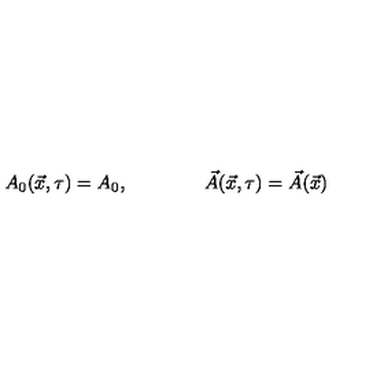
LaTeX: A _ { 0 } ( \vec { x } , \tau ) = A _ { 0 } , \qquad \qquad \vec { A } ( \vec { x } , \tau ) = \vec { A } ( \vec { x } )